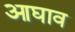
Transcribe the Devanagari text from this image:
आघाव